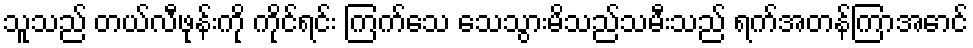
သူသည် တယ်လီဖုန်းကို ကိုင်ရင်း ကြက်သေ သေသွားမိသည်သမီးသည် ရက်အတန်ကြာအောင်